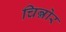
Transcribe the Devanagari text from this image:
चिन्नोर